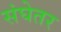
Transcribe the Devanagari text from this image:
संघेतर